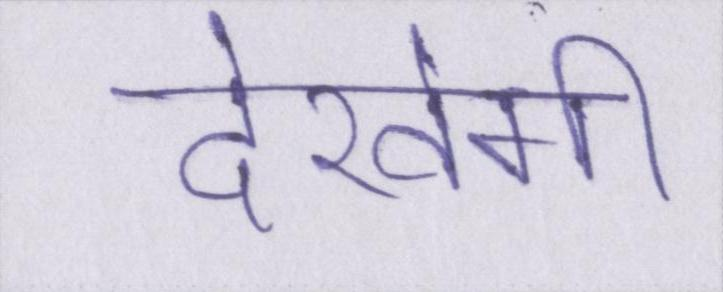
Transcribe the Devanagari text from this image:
देखेगी